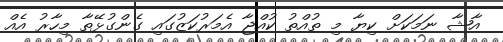
އާޝާ ނަމަކަށް ކިޔާ މި ތުއްތު ކުއްޖާ އެމަރުކަޒުގައި ގެންގުޅޭތާ މިހާރު އެއް